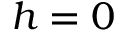
h = 0